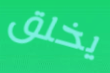
يخلق